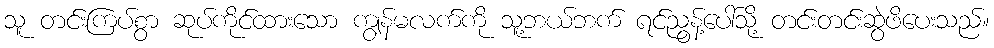
သူ တင်းကြပ်စွာ ဆုပ်ကိုင်ထားသော ကျွန်မလက်ကို သူ့ဘယ်ဘက် ရင်ညွန့်ပေါ်သို့ တင်းတင်းဆွဲဖိပေးသည်။